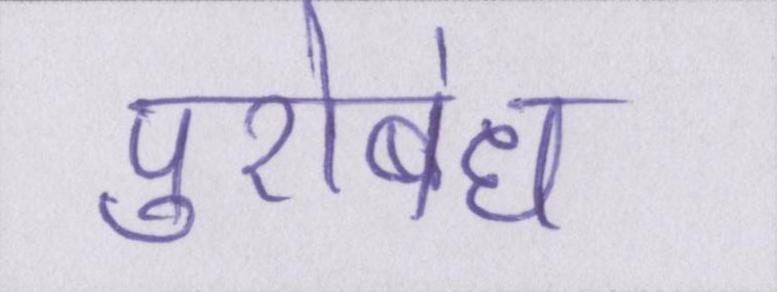
पुरोबंध